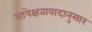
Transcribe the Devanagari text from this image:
सापेक्षतावादानुसार